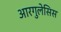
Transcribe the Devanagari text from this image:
आरगुलेसिस